Juuru_vallavalitsus, lk 14
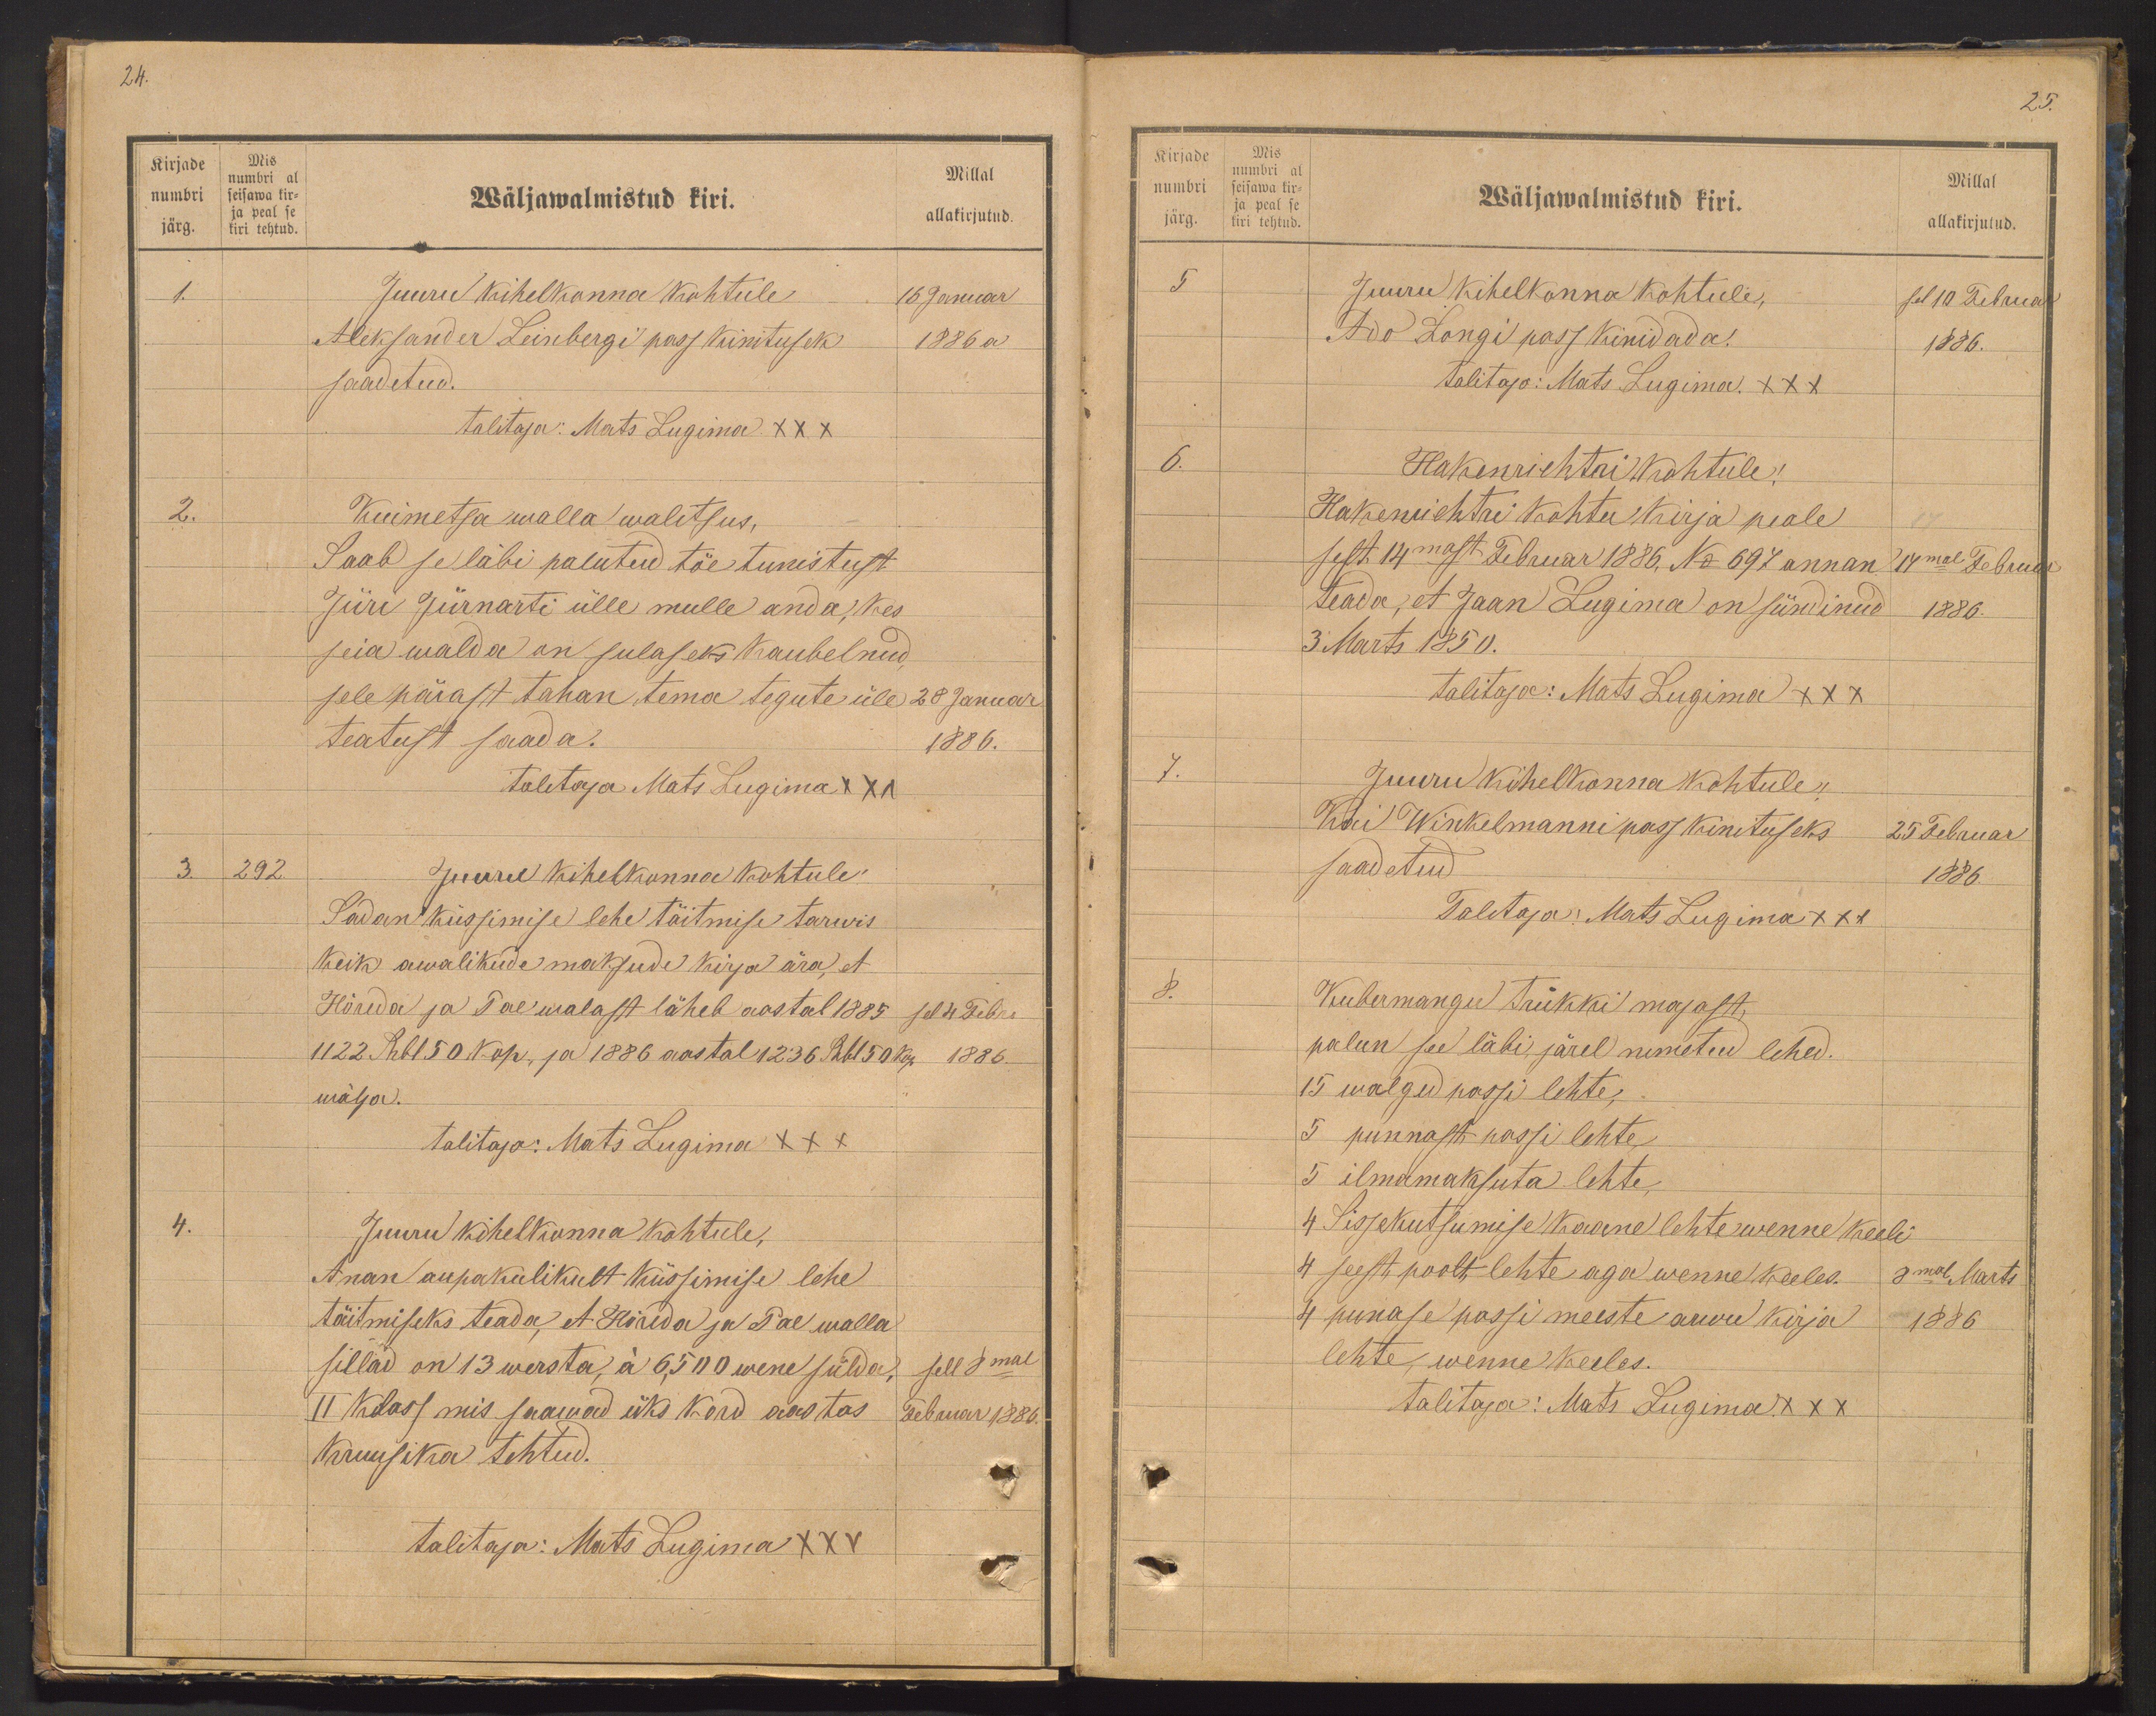
24.

Kirjade
numbri
järg.
Mis
numbri al
seisawa kir-
ja peal se
kiri tehtud.

Millal
Wäljawalmistud kiri.
allakirjutud.
1.
Juuru kihelkonna kohtule
16 Januar
Aleksander Leinbergi pass kinituseks
1886 a
saadetud.
talitaja: Mats Lugima XXX
2.
Kuimetsa walla walitsus,
Saab se läbi palutud tõe tunistust
Jüri Jürnarti ülle mulle anda, kes
seia walda on sulaseks kaubelnud
sele pärast tahan tema tegute üle 28 Januar
teatust saada.
1886.
talitaja Mats Lugima XXX
3.
292.
Juuru kihelkonna kohtule
Sadan küssimise lehe täitmise tarwis
keik awalikude maksude kirja ära, et
Hõreda ja Pae walast läheb aastal 1885 sel 4 Febr.
1122 Rub 150 kop. ja 1886 aastal 1236 Rbl 50 kop 1886.
wälja.
talitaja: Mats Lugima XXX
Juuru kihelkonna kohtule,
Anan aupakulikult küssimise lehe
täitmiseks teada, et Hõreda ja Pae walla
sillad on 13 wersta, á 6500 wene sülda,
sell 8mal
II klass mis saawad üks kord aastas
Februar 1886.
Kruusika tehtud.
talitaja: Mats Lugima XXX

Kirjade
numbri
järg.
Mis
numbri al
seisawa kir-
ja peal se
tehtud.oo

25.
Wäljawalmistud kiri.
Millal
allakirjutud.
5
Juuru kihelkonna kohtule,
sel 10 Februar
Ado Kongi pass kinidada.
1886.
Talitaja: Mats Lugima XXX
6.
Hakenrichtri kohtule!
Hakenrichtri kohtu kirja peale
sest 14mast Februar 1886. No 697 annan 14mal Februar
teada, et Jaan Lugima on sündinud 1886.
3 Märts 1850.
talitaja: Mats Lugima XXX
7.
Juuru kihelkonna kohtule,
Kai Winkelmanni pass kinituseks
25 Februar
saadetud
1886.
Talitaja: Mats Lugima XXX
8.
Kubermangu trükki majast
palun see läbi järel nimetud lehed.
15 walged passi lehte
5 punnast passi lehte
5 ilmamaksuta lehte
4 Sissekutsumise kaane lehte wenne keeli
4 seest poolt lehte aga wenne keeles.
8mal Marts
4 punase passi meeste arwu kirja
1886
lehte wenne keeles.
talitaja: Mats Lugima XXX